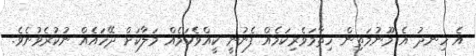
އެ ހިނދު އެ މޫނުމަތިން ހިތާމަވެރިކަމެއް ފެނުނީ ކީއްވެކަމެއް މަލާކަށް ދޭހައެއް ނުކުރެވުނެވެ.